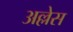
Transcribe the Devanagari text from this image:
अल्लेस